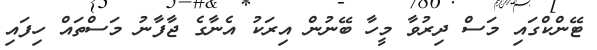
ޓޭންކްގައި މަސް ދިރުވާ މީހާ ބޭނުން އިރަކު އެނާގެ ޖާފާނު މަސްތައް ހިފައި